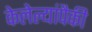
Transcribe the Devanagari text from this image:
केलेल्यांपैकी